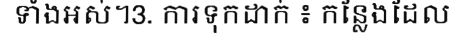
ទាំងអស់។3. ការទុកដាក់ ៖ កន្លែងដែល